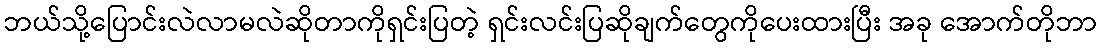
ဘယ်သို့ပြောင်းလဲလာမလဲဆိုတာကိုရှင်းပြတဲ့ ရှင်းလင်းပြဆိုချက်တွေကိုပေးထားပြီး အခု အောက်တိုဘာ